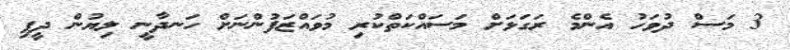
3 މަސް ދުވަހު އެންމެ ރަގަޅަށް މަސައްކަތްކުރި މުވައްޒަފުންނަށް ހަނދާނީ ލިޔުން ދީފި